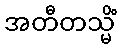
အတီတသ္မိံ